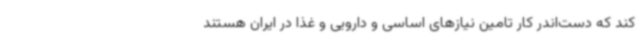
کند که دست‌اندر کار تامین نیازهای اساسی و دارویی و غذا در ایران هستند